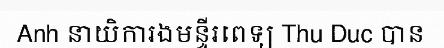
Anh នាយិការងមន្ទីរពេទ្យ Thu Duc បាន